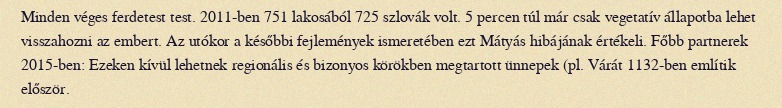
Minden véges ferdetest test. 2011-ben 751 lakosából 725 szlovák volt. 5 percen túl már csak vegetatív állapotba lehet visszahozni az embert. Az utókor a későbbi fejlemények ismeretében ezt Mátyás hibájának értékeli. Főbb partnerek 2015-ben: Ezeken kívül lehetnek regionális és bizonyos körökben megtartott ünnepek (pl. Várát 1132-ben említik először.